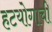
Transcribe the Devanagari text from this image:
हटयोगाची